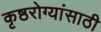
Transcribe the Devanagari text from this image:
कृष्ठरोग्यांसाठी